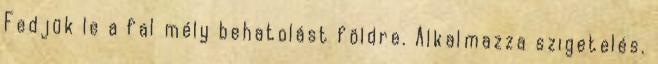
Fedjük le a fal mély behatolást földre. Alkalmazza szigetelés.